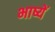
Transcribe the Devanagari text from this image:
भाष्यें